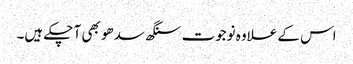
اس کے علاوہ نوجوت سنگھ سدھو بھی آ چکے ہیں۔